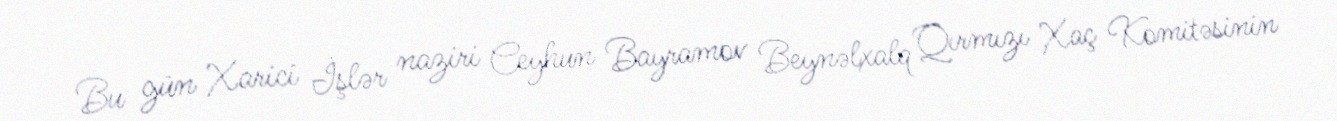
Bu gün Xarici İşlər naziri Ceyhun Bayramov Beynəlxalq Qırmızı Xaç Komitəsinin